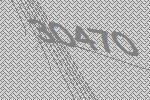
30470